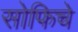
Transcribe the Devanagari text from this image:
सोफिचे